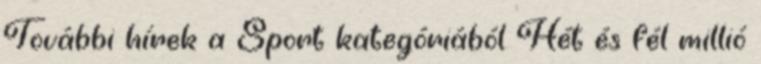
További hírek a Sport kategóriából Hét és fél millió